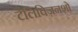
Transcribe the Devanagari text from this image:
टेलिविज़नशो